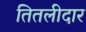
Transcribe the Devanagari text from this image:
तितलीदार